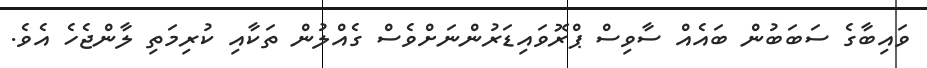
ވައިބާގެ ސަބަބުން ބައެއް ސާވިސް ޕްރޮވައިޑަރުންނަށްވެސް ގެއްލުން ތަކާއި ކުރިމަތި ލާންޖެހެެ އެވެ.